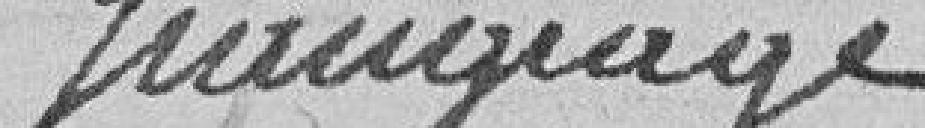
samgrage ??